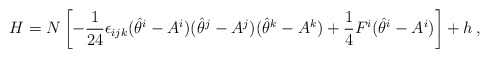
\begin{align*}H = N \left[ -\frac{1}{24}\epsilon_{ijk} (\hat \theta^i - A^i)(\hat \theta^j - A^j)(\hat \theta^k - A^k) +\frac{1}{4} F^i (\hat \theta^i - A^i) \right] + h\,,\end{align*}